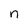
Character: n